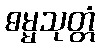
ဓမ္မသုတ္တံ